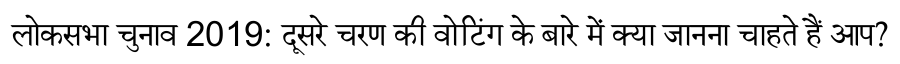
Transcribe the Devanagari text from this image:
लोकसभा चुनाव 2019: दूसरे चरण की वोटिंग के बारे में क्या जानना चाहते हैं आप?